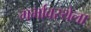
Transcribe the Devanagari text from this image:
गर्भावस्थेला